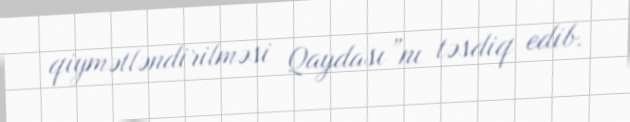
qiymətləndirilməsi Qaydası”nı təsdiq edib.